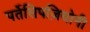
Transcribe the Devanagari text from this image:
पर्तेसिपज़ियोनी